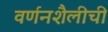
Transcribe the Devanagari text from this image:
वर्णनशैलीची